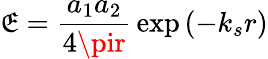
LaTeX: \mathfrak{E}={\frac{{a_{1}a_{2}}}{{4\pir}}}\exp\left(-k_{s}r\right)